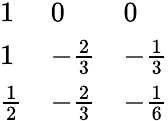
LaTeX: \begin{array}{lll}{{1}}&{{0}}&{{0}}\\ {{1}}&{{-{\frac{2}{3}}}}&{{-{\frac{1}{3}}}}\\ {{{\frac{1}{2}}}}&{{-{\frac{2}{3}}}}&{{-{\frac{1}{6}}}}\end{array}